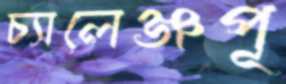
চ্যালেঞ্জপূ